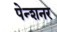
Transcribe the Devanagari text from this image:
पेन्शनर